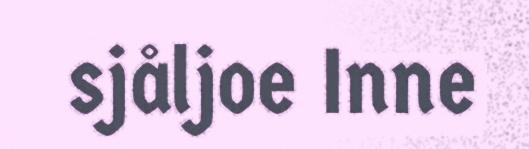
sjåljoe Inne